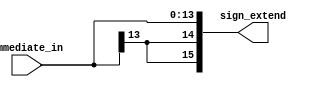
`timescale 1ns / 1ps

module sign_extend (immediate_in, sign_extend);
    input   [13:0] immediate_in;
    output  [15:0] sign_extend;
    reg     [15:0] sign_extend;

    /* add your design */
    /* extend the immediate_in(14 bits) to 16bits
     * but don't change it's sign
     */
    always @ (immediate_in) begin
        sign_extend <= { {2{immediate_in[13]}}, immediate_in};
    end
    
endmodule